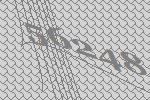
56248